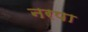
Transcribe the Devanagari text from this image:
नरपा